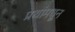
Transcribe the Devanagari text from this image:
प्रथांमधून